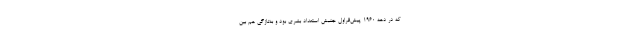
که در دههٔ ۱۹۶۰ پیش‌قراول جنبش استعداد بشری بود و به‌تازگی هم بین